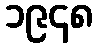
၁၉၄၈